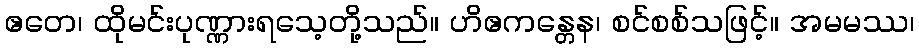
ဧတေ၊ ထိုမင်းပုဏ္ဏားရသေ့တို့သည်။ ဟိဧကန္တေန၊ စင်စစ်သဖြင့်။ အမမဿ၊